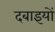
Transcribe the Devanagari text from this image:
दबाइयों